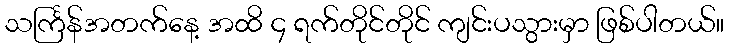
သင်္ကြန်အတက်နေ့ အထိ ၄ ရက်တိုင်တိုင် ကျင်းပသွားမှာ ဖြစ်ပါတယ်။